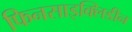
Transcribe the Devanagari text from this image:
फिनसाइक्लिडीन